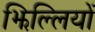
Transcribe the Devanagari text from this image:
झिल्‍लियों